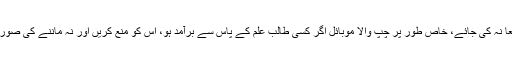
(۹) موبائل کے تعلق سے چشم پوشی قطعاً نہ کی جائے، خاص طور پر چپ والا موبائل اگر کسی طالب علم کے پاس سے برآمد ہو، اس کو منع کریں اور نہ ماننے کی صورت میں اس کو ادارہ میں ہرگز نہ رکھیں۔